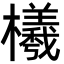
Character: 㰕